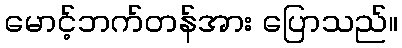
မောင့်ဘက်တန်အား ပြောသည်။